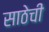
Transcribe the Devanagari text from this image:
साठेची